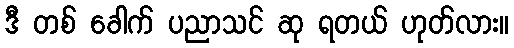
ဒီ တစ် ခေါက် ပညာသင် ဆု ရတယ် ဟုတ်လား။